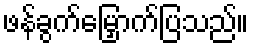
ဖန်ခွက်မြှောက်ပြသည်။